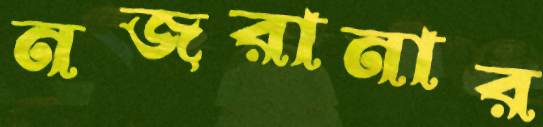
নজরানার